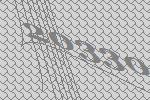
20330